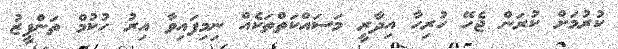
ކުރުމަށް ކުރަން ޖެހޭ ހުރިހާ އިދާރީ މަަސައްކަތްތަކެއް ނިމިފައިވާ އިރު ހުކުމް ތަންފީޒު